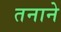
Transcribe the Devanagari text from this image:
तनाने